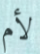
لأم